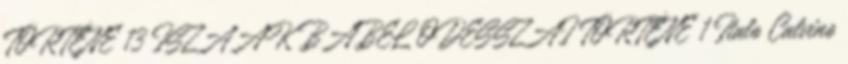
TÖRTÉNE 13 ISZAAK BABEL ODESSZAI TÖRTÉNE 1 Italo Calvino